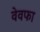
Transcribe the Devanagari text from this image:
वेवफा